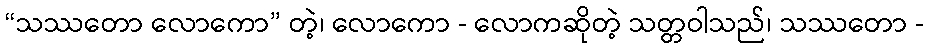
“သဿတော လောကော” တဲ့၊ လောကော - လောကဆိုတဲ့ သတ္တဝါသည်၊ သဿတော -